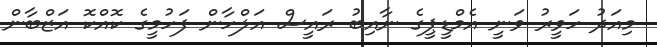
މިއަދު ހަވީރު ވަނީ އެމްޑީޕީގެ ނާއިބު ރައީސް އަލްހާން ފަހުމީގެ ކޮއްކޮ އަޒްބާން